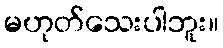
မဟုတ်သေးပါဘူး။